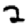
Digit: 2